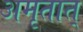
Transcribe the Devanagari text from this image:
अमृतात्‌